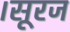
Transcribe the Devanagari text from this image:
।सूरज